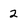
Character: 2